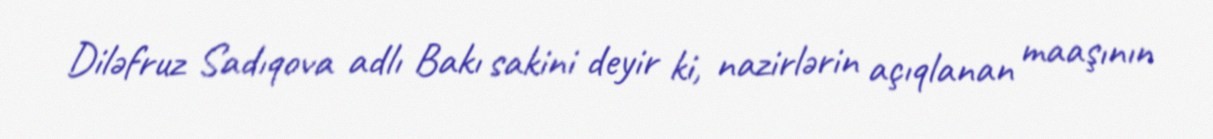
Diləfruz Sadıqova adlı Bakı sakini deyir ki, nazirlərin açıqlanan maaşının